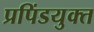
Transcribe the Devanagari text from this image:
प्रपिंडयुक्त